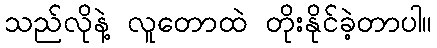
သည်လိုနဲ့ လူတောထဲ တိုးနိုင်ခဲ့တာပါ။